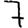
Digit: 7